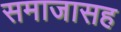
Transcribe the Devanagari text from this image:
समाजासह